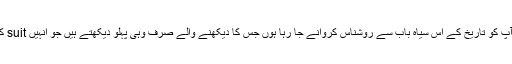
آج میں آپ کو تاریخ کے اس سیاہ باب سے روشناس کروانے جا رہا ہوں جس کا دیکھنے والے صرف وہی پہلو دیکھتے ہیں جو انہیں suit کرتا ہے۔